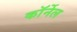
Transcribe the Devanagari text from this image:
काॅर्नेल